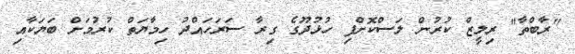
"ރާބްތާ" ރިލީޒް ކުރުން ލަސްކޮށްފި ހުޅުދޫގެ ގިރާ ސަރަހައްދު ހިމާޔަތް ކުރުމަށް ބަޔަކާއި